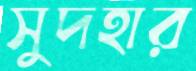
সুদহার